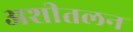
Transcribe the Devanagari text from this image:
अशीतलन